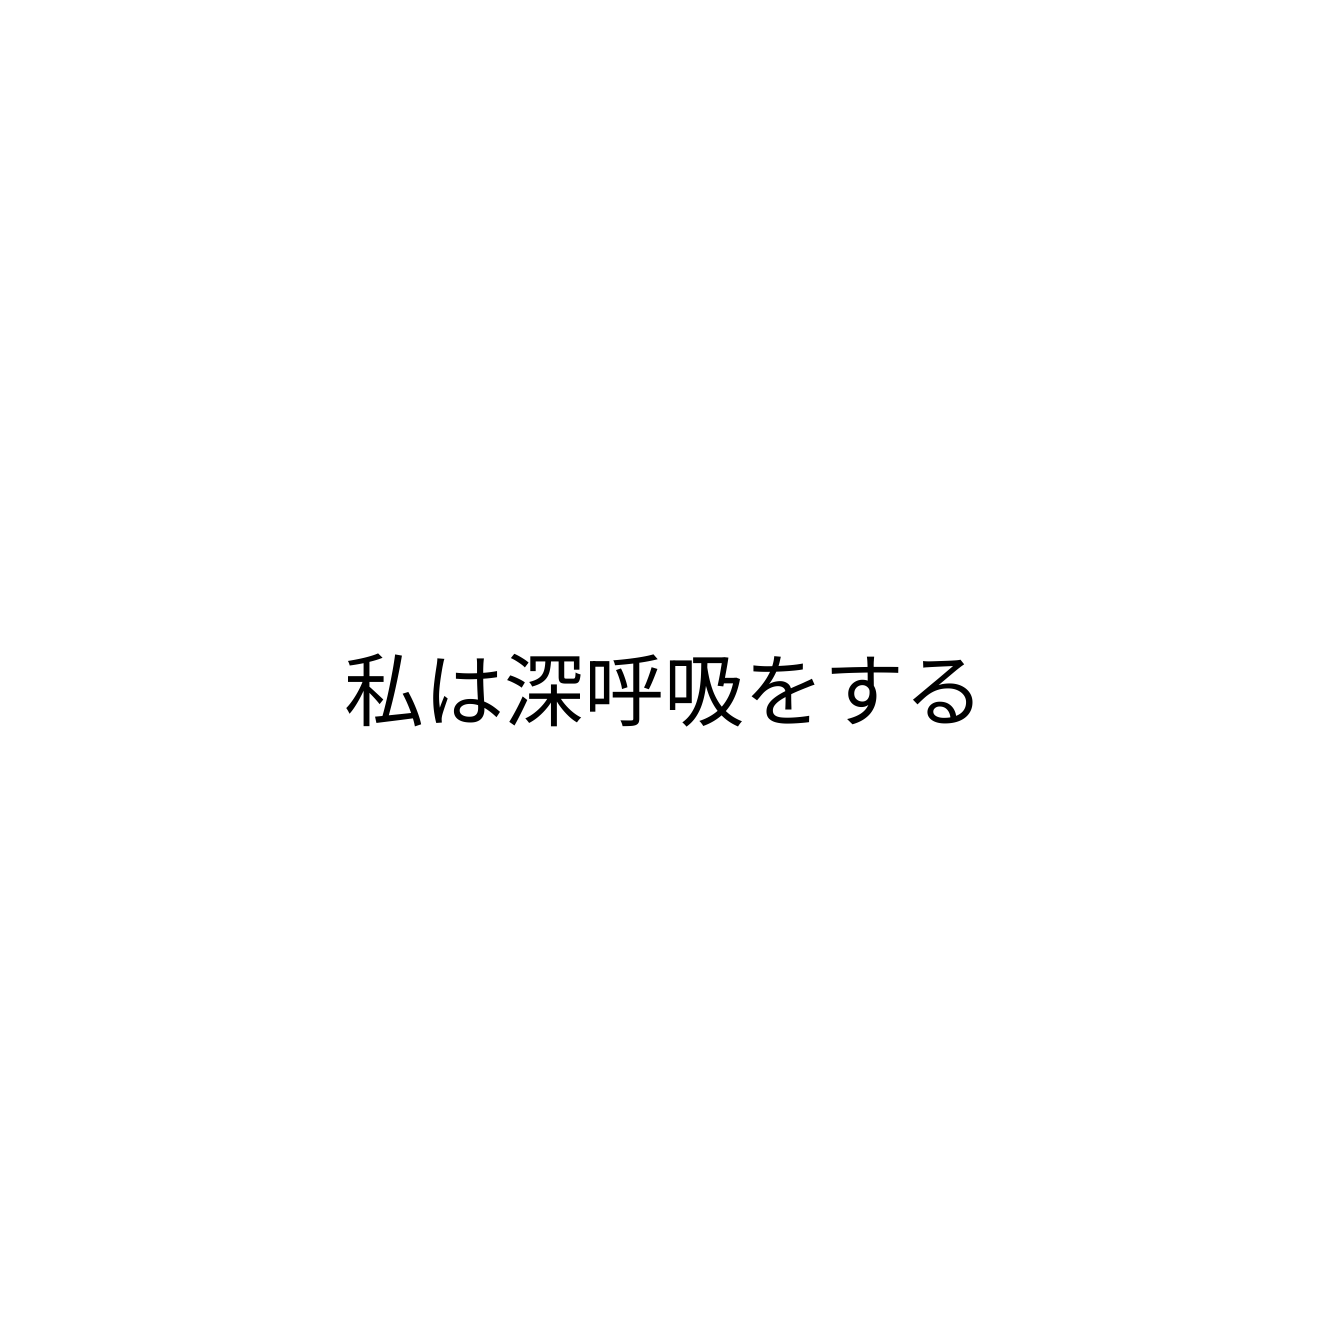
私は深呼吸をする